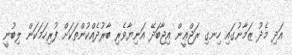
އަދި މެދު ޒަމާނުގައި ހިނގި ރަޖްޢީން އިޖާބަދޭ އަނިޔާވެރި ބާރުދެއްކުންތަކަށް ފުރިހަމަކަން ލިބުނީ